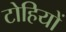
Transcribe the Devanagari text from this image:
टोहियों